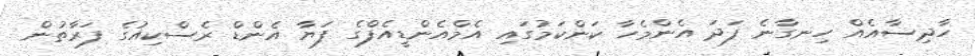
ހާދިސާއެއް ހިނގާނެ ފަދަ އެންމެހާ ކަންކަމުގައި އެމްއެންޑީއެފްގެ ފަޔާ އެންޑް ރެސްކިއުގެ ފަރާތުން